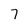
Character: 7